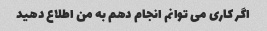
اگر کاری می توانم انجام دهم به من اطلاع دهید